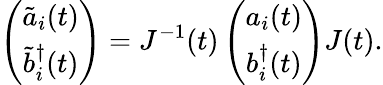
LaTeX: \left(\begin{array}{c}{{\tilde{a}_{i}(t)}}\\ {{\tilde{b}_{i}^{\dagger}(t)}}\end{array}\right)=J^{-1}(t)\left(\begin{array}{c}{{a_{i}(t)}}\\ {{b_{i}^{\dagger}(t)}}\end{array}\right)J(t).